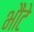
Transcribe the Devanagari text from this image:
भौंटे